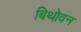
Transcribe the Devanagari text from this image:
बिथोवन